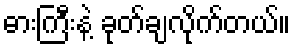
ဓားကြီးနဲ့ ခုတ်ချလိုက်တယ်။